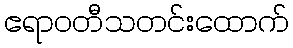
ဧရာဝတီသတင်းထောက်